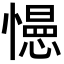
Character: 𭞽